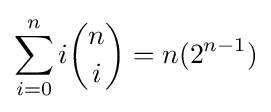
\sum _{i=0}^{n}i{n \choose i}=n(2^{n-1})